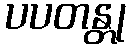
ပပတန္တု